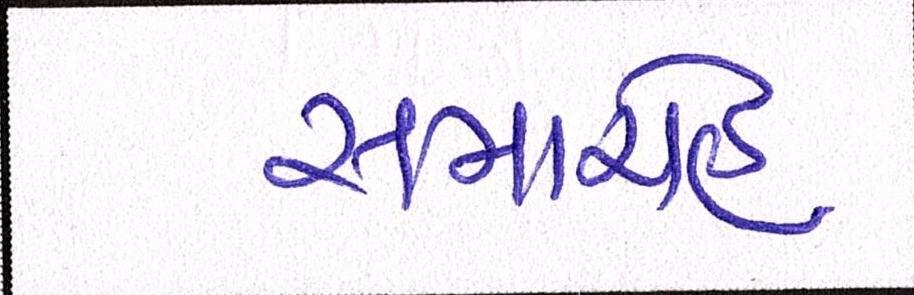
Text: સમારોહ